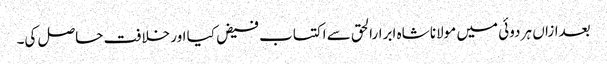
بعدازاں ہر دوئی میں مولانا شاہ ابرارالحق سے اکتساب فیض کیا اور خلافت حاصل کی۔